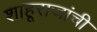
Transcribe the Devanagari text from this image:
शाहूराजांची